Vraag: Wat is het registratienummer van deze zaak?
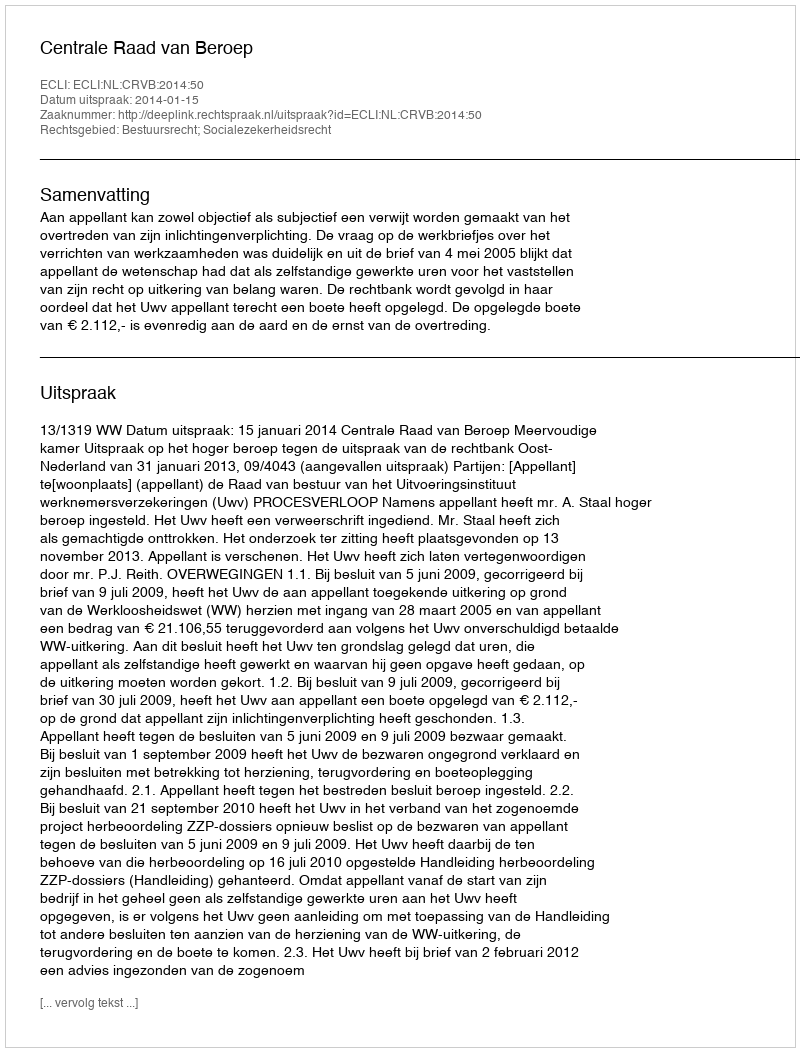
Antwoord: http://deeplink.rechtspraak.nl/uitspraak?id=ECLI:NL:CRVB:2014:50